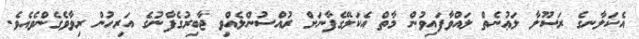
އެކަލާނގެ ރަސޫލާ ލަޢުނެތް ލައްވާފައިވުން މާތް އެކަލޭގެފާނަށް ރުއްސުންލެއްވި ޖާބިރުގެފާނުގެ އަރިހުން ރިވާވެގެންވެއެވެ.